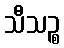
သီသဉ္စ